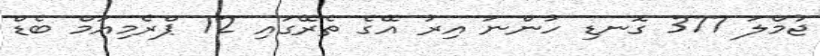
ޖުމްލަ 377 ގޮނޑި ހުންނަ އިރު އޭގެ ތެރޭގައި 12 ޕްރެމިއަމް ބެޑް